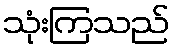
သုံးကြသည်